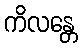
ကိလန္တေ